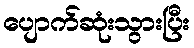
ပျောက်ဆုံးသွားပြီး